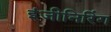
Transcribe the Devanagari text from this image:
इंजीनिरिंग